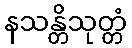
နသန္တိသုတ္တံ